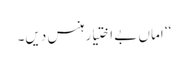
‘‘ اماں بے اختیار ہنس دیں۔